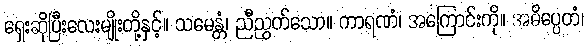
ရှေးဆိုပြီးလေးမျိုးတို့နှင့်။ သမေန္တံ၊ ညီညွတ်သော။ ကာရဏံ၊ အကြောင်းကို။ အဓိပ္ပေတံ၊